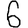
Digit: 6